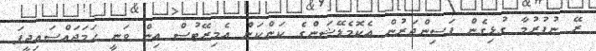
ރޭ ނުފުރުމާ ގުޅިގެން ފަސިންޖަރުން އެކޮމެޑޭޝަންގެ ކަންކަން އެމިރޭޓުސް އިން ވަނީ ހަމަޖައްސައިދީފަ